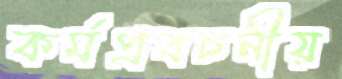
কর্মপ্রবচনীয়